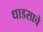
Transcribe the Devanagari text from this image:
धाडसाचे